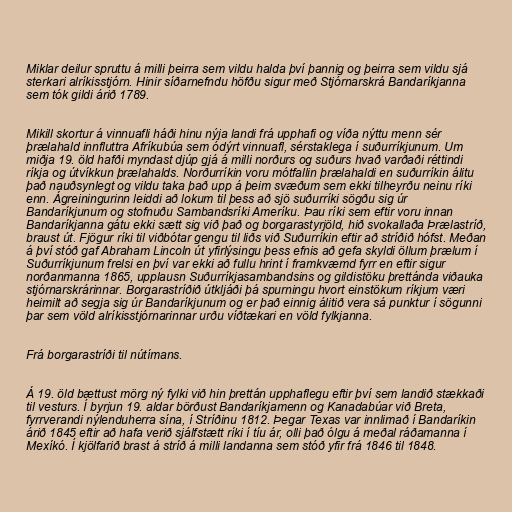
Miklar deilur spruttu á milli þeirra sem vildu halda því þannig og þeirra sem vildu sjá
sterkari alríkisstjórn. Hinir síðarnefndu höfðu sigur með Stjórnarskrá Bandaríkjanna
sem tók gildi árið 1789.

Mikill skortur á vinnuafli háði hinu nýja landi frá upphafi og víða nýttu menn sér
þrælahald innfluttra Afríkubúa sem ódýrt vinnuafl, sérstaklega í suðurríkjunum. Um
miðja 19. öld hafði myndast djúp gjá á milli norðurs og suðurs hvað varðaði réttindi
ríkja og útvíkkun þrælahalds. Norðurríkin voru mótfallin þrælahaldi en suðurríkin álitu
það nauðsynlegt og vildu taka það upp á þeim svæðum sem ekki tilheyrðu neinu ríki
enn. Ágreiningurinn leiddi að lokum til þess að sjö suðurríki sögðu sig úr
Bandaríkjunum og stofnuðu Sambandsríki Ameríku. Þau ríki sem eftir voru innan
Bandaríkjanna gátu ekki sætt sig við það og borgarastyrjöld, hið svokallaða Þrælastríð,
braust út. Fjögur ríki til viðbótar gengu til liðs við Suðurríkin eftir að stríðið hófst. Meðan
á því stóð gaf Abraham Lincoln út yfirlýsingu þess efnis að gefa skyldi öllum þrælum í
Suðurríkjunum frelsi en því var ekki að fullu hrint í framkvæmd fyrr en eftir sigur
norðanmanna 1865, upplausn Suðurríkjasambandsins og gildistöku þrettánda viðauka
stjórnarskrárinnar. Borgarastríðið útkljáði þá spurningu hvort einstökum ríkjum væri
heimilt að segja sig úr Bandaríkjunum og er það einnig álitið vera sá punktur í sögunni
þar sem völd alríkisstjórnarinnar urðu víðtækari en völd fylkjanna.

Frá borgarastríði til nútímans.

Á 19. öld bættust mörg ný fylki við hin þrettán upphaflegu eftir því sem landið stækkaði
til vesturs. Í byrjun 19. aldar börðust Bandaríkjamenn og Kanadabúar við Breta,
fyrrverandi nýlenduherra sína, í Stríðinu 1812. Þegar Texas var innlimað í Bandaríkin
árið 1845 eftir að hafa verið sjálfstætt ríki í tíu ár, olli það ólgu á meðal ráðamanna í
Mexíkó. Í kjölfarið brast á stríð á milli landanna sem stóð yfir frá 1846 til 1848.